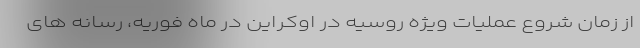
از زمان شروع عملیات ویژه روسیه در اوکراین در ماه فوریه، رسانه های